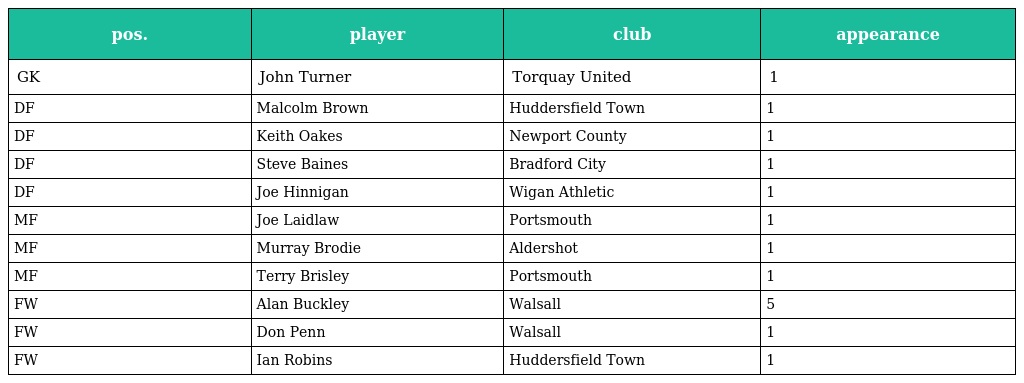
| pos. | player | club | appearance |
 | --- | --- | --- | --- |
 | GK | John Turner | Torquay United | 1 |
 | DF | Malcolm Brown | Huddersfield Town | 1 |
 | DF | Keith Oakes | Newport County | 1 |
 | DF | Steve Baines | Bradford City | 1 |
 | DF | Joe Hinnigan | Wigan Athletic | 1 |
 | MF | Joe Laidlaw | Portsmouth | 1 |
 | MF | Murray Brodie | Aldershot | 1 |
 | MF | Terry Brisley | Portsmouth | 1 |
 | FW | Alan Buckley | Walsall | 5 |
 | FW | Don Penn | Walsall | 1 |
 | FW | Ian Robins | Huddersfield Town | 1 |